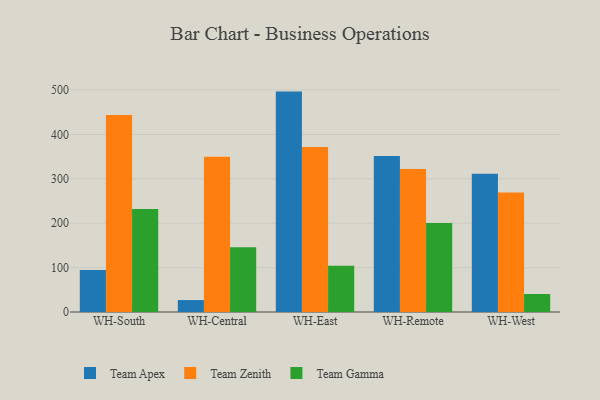
{"axis": {"x": "Warehouse", "y": "Website Visitors"}, "legend": ["Team Apex", "Team Gamma", "Team Zenith"], "data": [{"x": "WH-South", "y": 94.8, "type": "Team Apex"}, {"x": "WH-South", "y": 443.9, "type": "Team Zenith"}, {"x": "WH-South", "y": 232.2, "type": "Team Gamma"}, {"x": "WH-Central", "y": 26.9, "type": "Team Apex"}, {"x": "WH-Central", "y": 349.5, "type": "Team Zenith"}, {"x": "WH-Central", "y": 145.6, "type": "Team Gamma"}, {"x": "WH-East", "y": 496.4, "type": "Team Apex"}, {"x": "WH-East", "y": 371.7, "type": "Team Zenith"}, {"x": "WH-East", "y": 103.9, "type": "Team Gamma"}, {"x": "WH-Remote", "y": 351.3, "type": "Team Apex"}, {"x": "WH-Remote", "y": 322.0, "type": "Team Zenith"}, {"x": "WH-Remote", "y": 200.2, "type": "Team Gamma"}, {"x": "WH-West", "y": 311.2, "type": "Team Apex"}, {"x": "WH-West", "y": 268.9, "type": "Team Zenith"}, {"x": "WH-West", "y": 40.5, "type": "Team Gamma"}]}